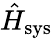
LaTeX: \hat{H}_{\mathrm{sys}}